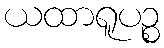
ယထာရူပဉ္စ